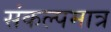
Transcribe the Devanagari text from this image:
संकल्पमात्र